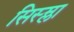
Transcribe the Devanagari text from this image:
सिस्म्ला